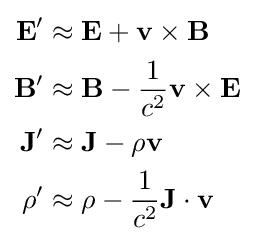
{\begin{aligned}\mathbf {E} '&\approx \mathbf {E} +\mathbf {v} \times \mathbf {B} \\\mathbf {B} '&\approx \mathbf {B} -{\frac {1}{c^{2}}}\mathbf {v} \times \mathbf {E} \\\mathbf {J} '&\approx \mathbf {J} -\rho \mathbf {v} \\\rho '&\approx \rho -{\frac {1}{c^{2}}}\mathbf {J} \cdot \mathbf {v} \end{aligned}}